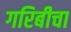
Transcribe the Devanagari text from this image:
गरिबीचा